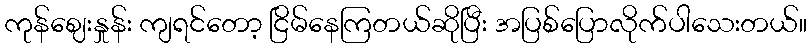
ကုန်ဈေးနှုန်း ကျရင်တော့ ငြိမ်နေကြတယ်ဆိုပြီး အပြစ်ပြောလိုက်ပါသေးတယ်။